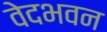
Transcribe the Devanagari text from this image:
वेदभवन